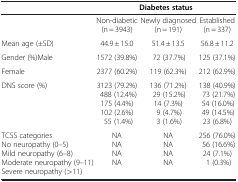
<table><thead><tr><td>[EMPTY_CELL]</td><td colspan="3"><b>Diabetes status</b></td></tr></thead><tbody><tr><td>[EMPTY_CELL]</td><td>Non-diabetic(n = 3943)</td><td>Newly diagnosed(n = 191)</td><td>Established(n = 337)</td></tr><tr><td>Mean age (±SD)</td><td>44.9 ± 15.0</td><td>51.4 ± 13.5</td><td>56.8 ± 11.2</td></tr><tr><td>Gender (%)Male</td><td>1572 (39.8%)</td><td>72 (37.7%)</td><td>125 (37.1%)</td></tr><tr><td>Female</td><td>2377 (60.2%)</td><td>119 (62.3%)</td><td>212 (62.9%)</td></tr><tr><td>DNS score (%)</td><td>3123 (79.2%)488 (12.4%)175 (4.4%)102 (2.6%)55 (1.4%)</td><td>136 (71.2%)29 (15.2%)14 (7.3%)9 (4.7%)3 (1.6%)</td><td>138 (40.9%)73 (21.7%)54 (16.0%)49 (14.5%)23 (6.8%)</td></tr><tr><td>TCSS categoriesNo neuropathy (0–5)Mild neuropathy (6–8)Moderate neuropathy (9–11)Severe neuropathy (&gt;11)</td><td>NANANANA</td><td>NANANANA</td><td>256 (76.0%)56 (16.6%)24 (7.1%)1 (0.3%)</td></tr></tbody></table>